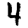
Digit: 4